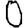
Digit: 0